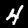
Label: 4